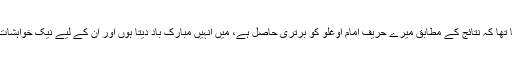
بن علی یلدرم کا کہنا تھا کہ نتائج کے مطابق میرے حریف امام اوغلو کو برتری حاصل ہے، میں انہیں مبارک باد دیتا ہوں اور ان کے لیے نیک خواہشات کا اظہار کرتا ہوں۔